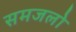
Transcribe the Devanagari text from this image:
समजलो